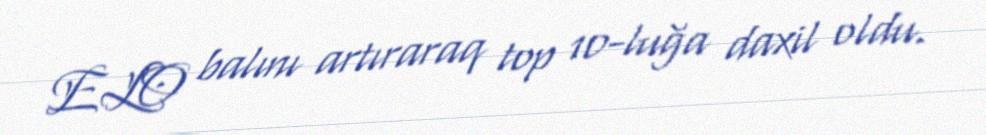
ELO balını artıraraq top 10-luğa daxil oldu.